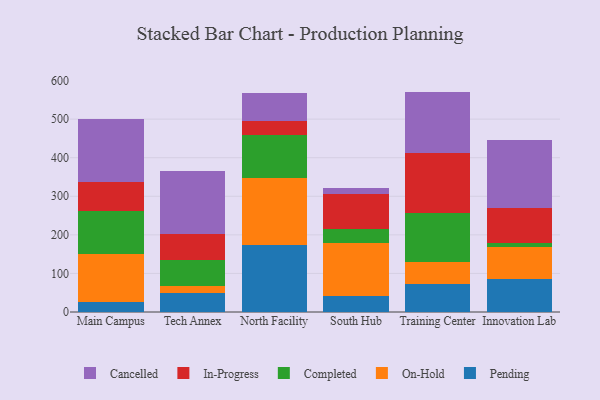
{"axis": {"x": "Campus", "y": "Bounce Rate (%)"}, "legend": ["Cancelled", "Completed", "In-Progress", "On-Hold", "Pending"], "data": [{"x": "Main Campus", "y": 25.7, "type": "Pending"}, {"x": "Main Campus", "y": 123.8, "type": "On-Hold"}, {"x": "Main Campus", "y": 113.3, "type": "Completed"}, {"x": "Main Campus", "y": 75.4, "type": "In-Progress"}, {"x": "Main Campus", "y": 161.7, "type": "Cancelled"}, {"x": "Tech Annex", "y": 48.4, "type": "Pending"}, {"x": "Tech Annex", "y": 18.7, "type": "On-Hold"}, {"x": "Tech Annex", "y": 68.4, "type": "Completed"}, {"x": "Tech Annex", "y": 66.5, "type": "In-Progress"}, {"x": "Tech Annex", "y": 163.1, "type": "Cancelled"}, {"x": "North Facility", "y": 173.8, "type": "Pending"}, {"x": "North Facility", "y": 174.2, "type": "On-Hold"}, {"x": "North Facility", "y": 110.5, "type": "Completed"}, {"x": "North Facility", "y": 37.8, "type": "In-Progress"}, {"x": "North Facility", "y": 70.8, "type": "Cancelled"}, {"x": "South Hub", "y": 42.3, "type": "Pending"}, {"x": "South Hub", "y": 137.8, "type": "On-Hold"}, {"x": "South Hub", "y": 33.9, "type": "Completed"}, {"x": "South Hub", "y": 92.5, "type": "In-Progress"}, {"x": "South Hub", "y": 15.9, "type": "Cancelled"}, {"x": "Training Center", "y": 71.8, "type": "Pending"}, {"x": "Training Center", "y": 57.9, "type": "On-Hold"}, {"x": "Training Center", "y": 126.5, "type": "Completed"}, {"x": "Training Center", "y": 155.9, "type": "In-Progress"}, {"x": "Training Center", "y": 159.3, "type": "Cancelled"}, {"x": "Innovation Lab", "y": 84.9, "type": "Pending"}, {"x": "Innovation Lab", "y": 84.0, "type": "On-Hold"}, {"x": "Innovation Lab", "y": 10.9, "type": "Completed"}, {"x": "Innovation Lab", "y": 91.1, "type": "In-Progress"}, {"x": "Innovation Lab", "y": 176.1, "type": "Cancelled"}]}